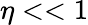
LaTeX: \eta<<1